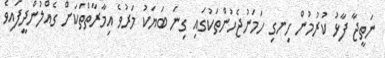
ނަތީޖާ ފާޅު ކުރުމުން ހިނގި ހަމަނުޖެހުންތަކުގައި ގިނަ ބަޔަކު މަރުވެ އިމާރާތްތަކަށް ގެއްލުންދީފައިވެ